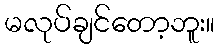
မလုပ်ချင်တော့ဘူး။